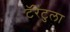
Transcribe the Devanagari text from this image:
टॅरेंटुला